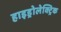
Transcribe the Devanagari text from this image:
हाइड्रोलेक्ट्रिक